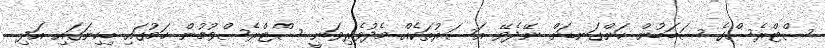
ސްޓްރެސްގެ ސަބަބުން ހަންގަނޑަށް ނޭދެވޭ އަސަރުތަކެއް މެދުވެރިވަނީ ސްޓްރެސްވުމުން ހަމުގައި ބިހިނަގައި އަދި